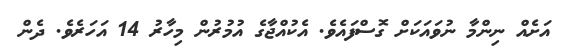
އަށެއް ނިންމާ ނުވައަކަށް ގޮސްފައެވެ. އެކުއްޖާގެ އުމުރުން މިހާރު 14 އަހަރެވެ. ދެން